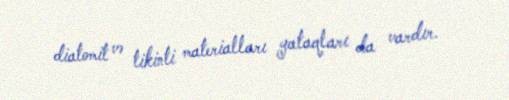
diatomit və tikinti materialları yataqları da vardır.